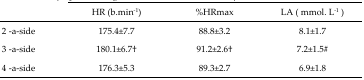
<table><thead><tr><td></td><td><b>HR (b·min<sup>−1</sup>)</b></td><td><b>%HRmax</b></td><td><b>LA ( mmol· L<sup>−1</sup>)</b></td></tr></thead><tbody><tr><td>2 -a-side</td><td>175.4±7.7</td><td>88.8±3.2</td><td>8.1±1.7</td></tr><tr><td>3 -a-side</td><td>180.1±6.7<sup>†</sup></td><td>91.2±2.6<sup>†</sup></td><td>7.2±1.5#</td></tr><tr><td>4 -a-side</td><td>176.3±5.3</td><td>89.3±2.7</td><td>6.9±1.8</td></tr></tbody></table>